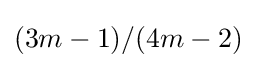
(3m-1)/(4m-2)